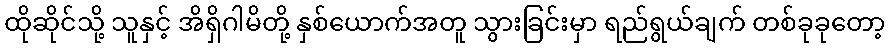
ထိုဆိုင်သို့ သူနှင့် အိရှိဂါမိတို့ နှစ်ယောက်အတူ သွားခြင်းမှာ ရည်ရွယ်ချက် တစ်ခုခုတော့